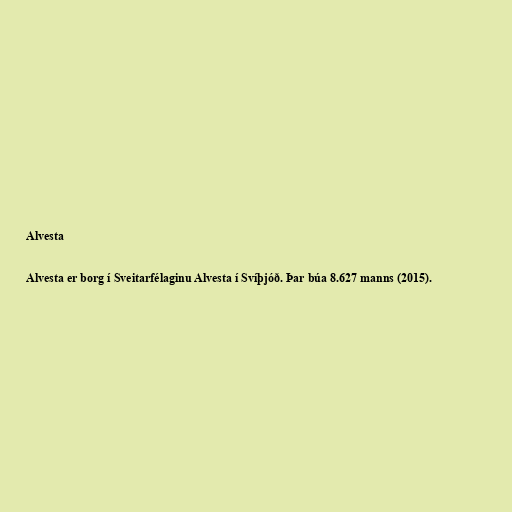
Alvesta

Alvesta er borg í Sveitarfélaginu Alvesta í Svíþjóð. Þar búa 8.627 manns (2015).